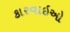
કારવાઇઓ